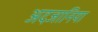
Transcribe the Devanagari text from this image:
अदजानिया